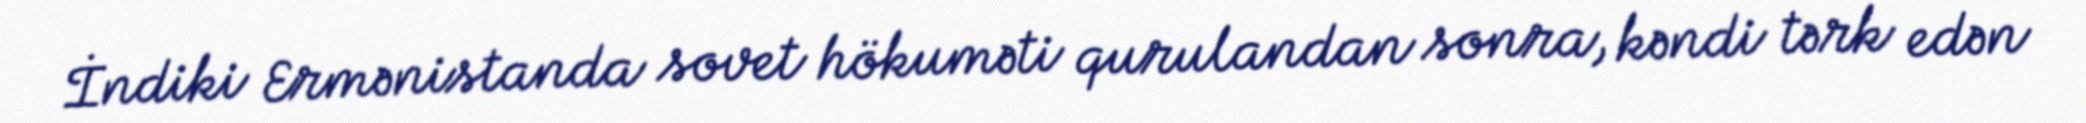
İndiki Ermənistanda sovet hökuməti qurulandan sonra, kəndi tərk edən